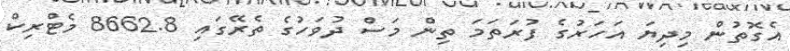
އެގޮތުން މިދިޔަ އަހަރުގެ ފުރަތަމަ ތިން މަސް ދުވަހުގެ ތެރޭގައި 8662.8 މެޓްރިކް